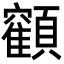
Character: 𩕥